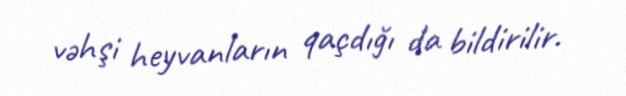
vəhşi heyvanların qaçdığı da bildirilir.